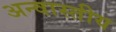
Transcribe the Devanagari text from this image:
अन्वास्तीय